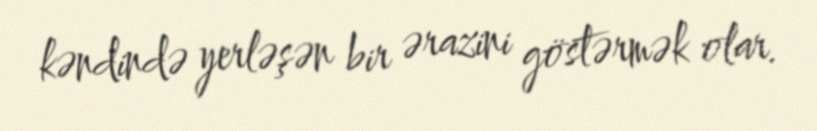
kəndində yerləşən bir ərazini göstərmək olar.